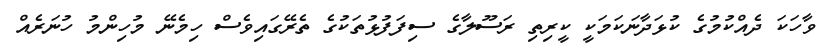
ވާހަކަ ދެއްކުމުގެ ކުޅަދާނަކަމަކީ ކީރިތި ރަސޫލާގެ ސިފަފުޅުތަކުގެ ތެރޭގައިވެސް ހިމެނޭ މުހިންމު ހުނަރެއް